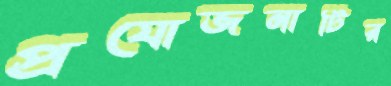
প্রযোজনাটির